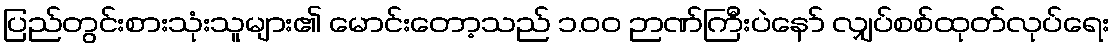
ပြည်တွင်းစားသုံးသူများ၏ မောင်းတော့သည် ၁.၀၀ ဉာဏ်ကြီးပဲနော် လျှပ်စစ်ထုတ်လုပ်ရေး